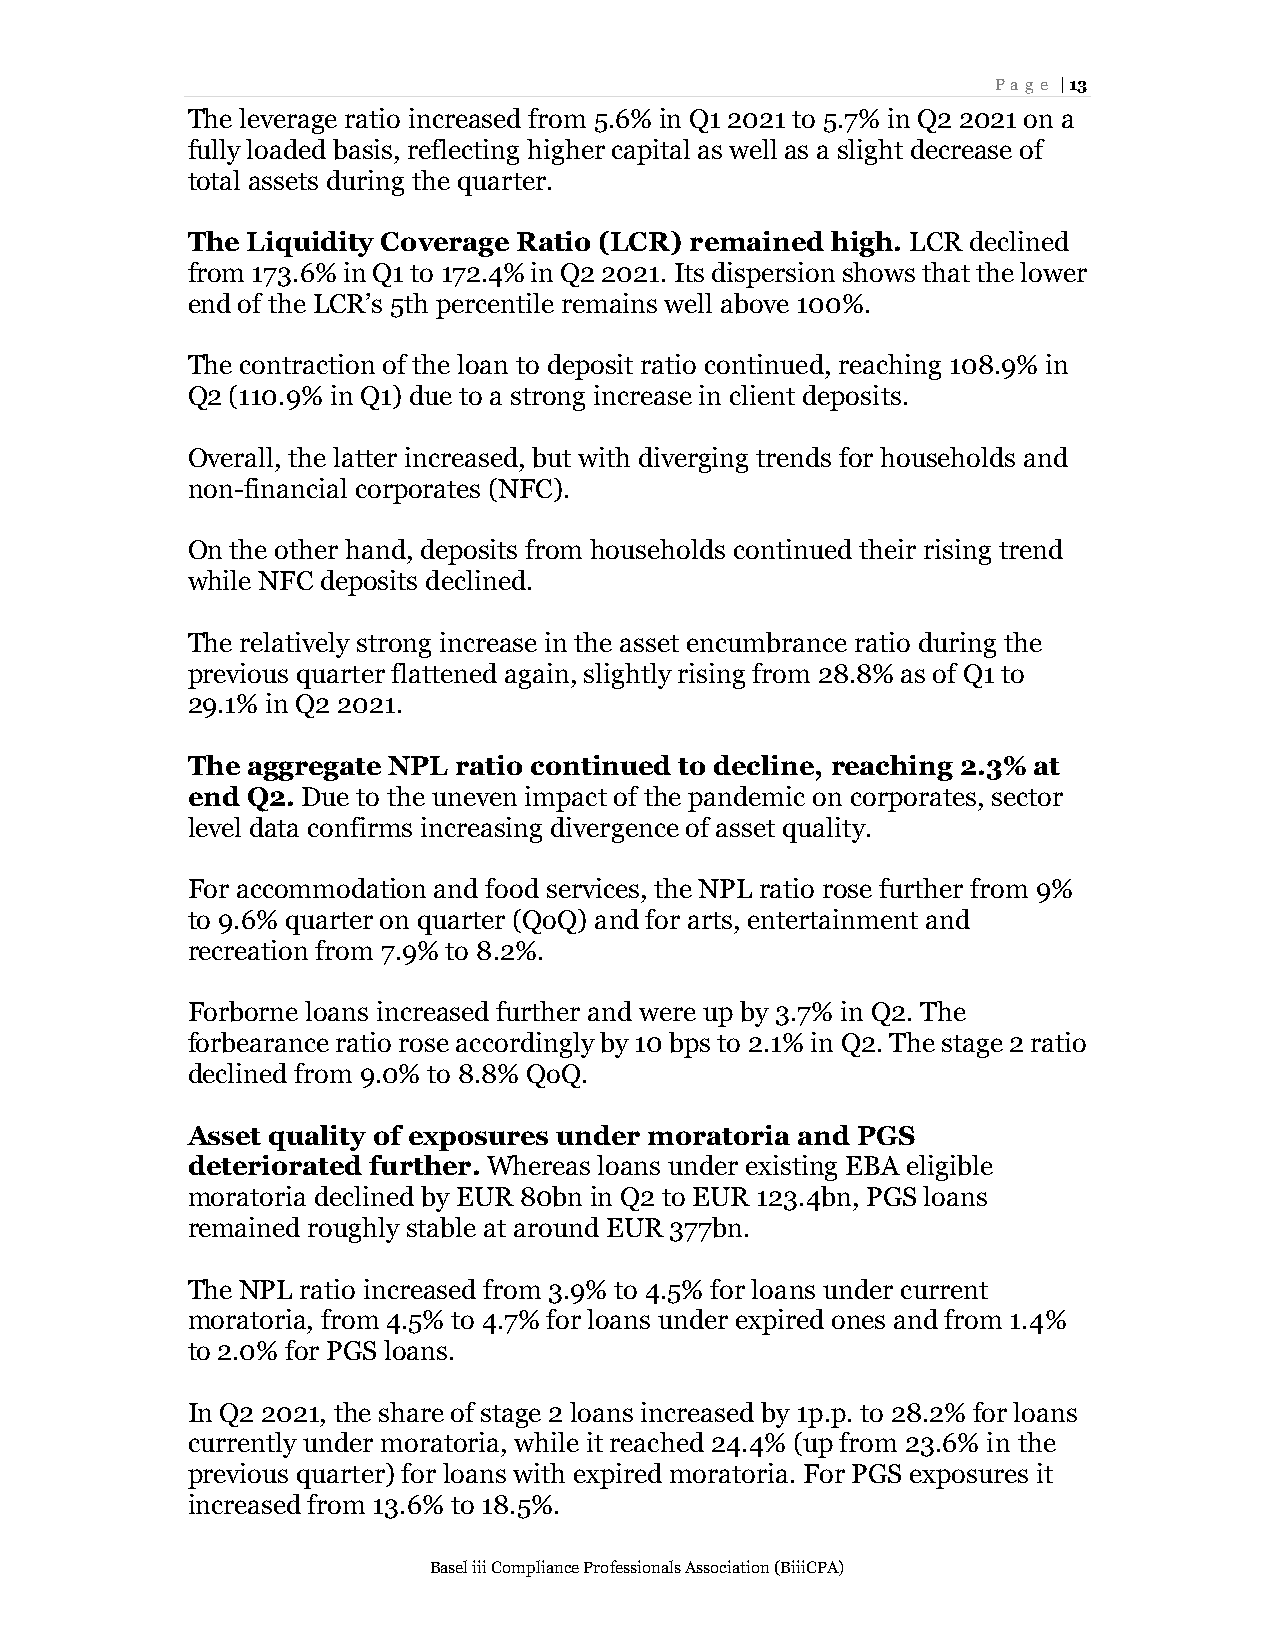
Page | 13
 The leverage ratio increased from 5.6% in Q1 2021 to 5.7% in Q2 2021 on a
 fully loaded basis, reflecting higher capital as well as a slight decrease of
 total assets during the quarter.
 The Liquidity Coverage Ratio (LCR) remained high. LCR declined
 from 173.6% in Q1 to 172.4% in Q2 2021. Its dispersion shows that the lower
 end of the LCR’s 5th percentile remains well above 100%.
 The contraction of the loan to deposit ratio continued, reaching 108.9% in
 Q2 (110.9% in Q1) due to a strong increase in client deposits.
 Overall, the latter increased, but with diverging trends for households and
 non-financial corporates (NFC).
 On the other hand, deposits from households continued their rising trend
 while NFC deposits declined.
 The relatively strong increase in the asset encumbrance ratio during the
 previous quarter flattened again, slightly rising from 28.8% as of Q1 to
 29.1% in Q2 2021.
 The aggregate NPL ratio continued to decline, reaching 2.3% at
 end Q2. Due to the uneven impact of the pandemic on corporates, sector
 level data confirms increasing divergence of asset quality.
 For accommodation and food services, the NPL ratio rose further from 9%
 to 9.6% quarter on quarter (QoQ) and for arts, entertainment and
 recreation from 7.9% to 8.2%.
 Forborne loans increased further and were up by 3.7% in Q2. The
 forbearance ratio rose accordingly by 10 bps to 2.1% in Q2. The stage 2 ratio
 declined from 9.0% to 8.8% QoQ.
 Asset quality of exposures under moratoria and PGS
 deteriorated further. Whereas loans under existing EBA eligible
 moratoria declined by EUR 80bn in Q2 to EUR 123.4bn, PGS loans
 remained roughly stable at around EUR 377bn.
 The NPL ratio increased from 3.9% to 4.5% for loans under current
 moratoria, from 4.5% to 4.7% for loans under expired ones and from 1.4%
 to 2.0% for PGS loans.
 In Q2 2021, the share of stage 2 loans increased by 1p.p. to 28.2% for loans
 currently under moratoria, while it reached 24.4% (up from 23.6% in the
 previous quarter) for loans with expired moratoria. For PGS exposures it
 increased from 13.6% to 18.5%.
 Basel iii Compliance Professionals Association (BiiiCPA)